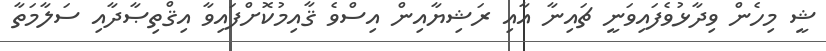
ޝީ މިހެން ވިދާޅުވެފައިވަނީ ޗައިނާ އާއި ރަޝިޔާއިން އިސްވެ ޤާއިމުކޮށްފައިވާ އިޤްތިޞާދާއި ސަލާމަތާ